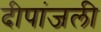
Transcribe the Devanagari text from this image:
दीपांजली